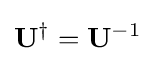
\mathbf {U} ^{\dagger }=\mathbf {U} ^{-1}